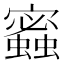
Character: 𧓫